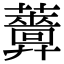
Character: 𧃻